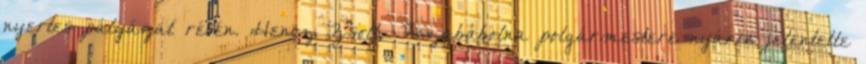
nyertes­­­ pályázat révén. Hencz Zsolt, Tiszabábolna polgármestere nyáron jelentette